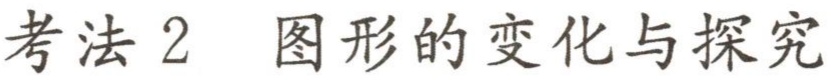
考法 2  图形的变化与探究